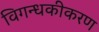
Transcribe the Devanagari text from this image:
विगन्धकीकरण